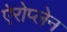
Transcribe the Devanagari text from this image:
ऐरोप्लेन